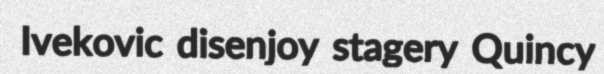
Ivekovic disenjoy stagery Quincy